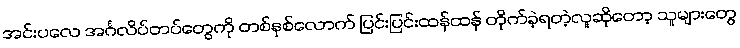
အင်းပလေ အင်္ဂလိပ်တပ်တွေကို တစ်နှစ်လောက် ပြင်းပြင်းထန်ထန် တိုက်ခဲ့ရတဲ့လူဆိုတော့ သူများတွေ